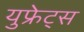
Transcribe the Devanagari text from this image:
युफ्रेट्स